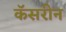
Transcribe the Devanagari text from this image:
कॅसरीन